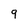
Character: 9